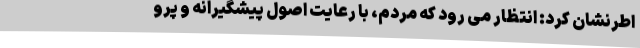
اطرنشان کرد: انتظار می رود که مردم، با رعایت اصول پیشگیرانه و پرو